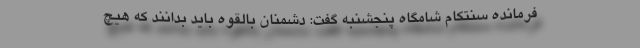
فرمانده سنتکام شامگاه پنجشنبه گفت: دشمنان بالقوه باید بدانند که هیچ